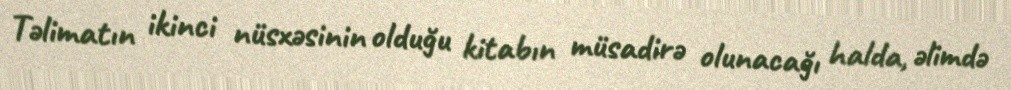
Təlimatın ikinci nüsxəsinin olduğu kitabın müsadirə olunacağı halda, əlimdə